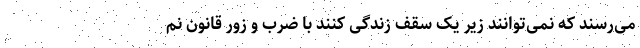
می‌رسند که نمی‌توانند زیر یک سقف زندگی کنند با ضرب و زور قانون نم